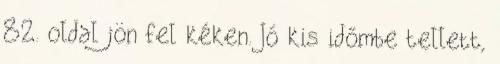
82. oldal jön fel kéken. Jó kis időmbe tellett,